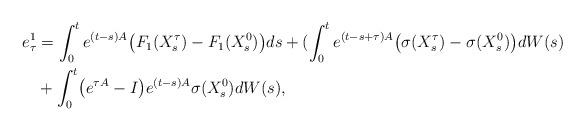
LaTeX: \begin{align*}e^1_\tau&=\int_{0}^{t}e^{(t-s)A}\bigl(F_1(X_{s}^{\tau})-F_1(X_{s}^{0})\bigr)ds+( \int_{0}^{t}e^{(t-s+\tau)A}\bigl(\sigma(X_{s}^{\tau})-\sigma(X_{s}^{0})\bigr)dW(s)\\& +\int_{0}^{t}\bigl(e^{\tau A}-I\bigr)e^{(t-s)A}\sigma(X_{s}^{0})dW(s),\end{align*}